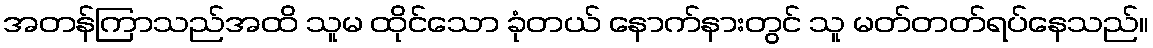
အတန်ကြာသည်အထိ သူမ ထိုင်သော ခုံတယ် နောက်နားတွင် သူ မတ်တတ်ရပ်နေသည်။